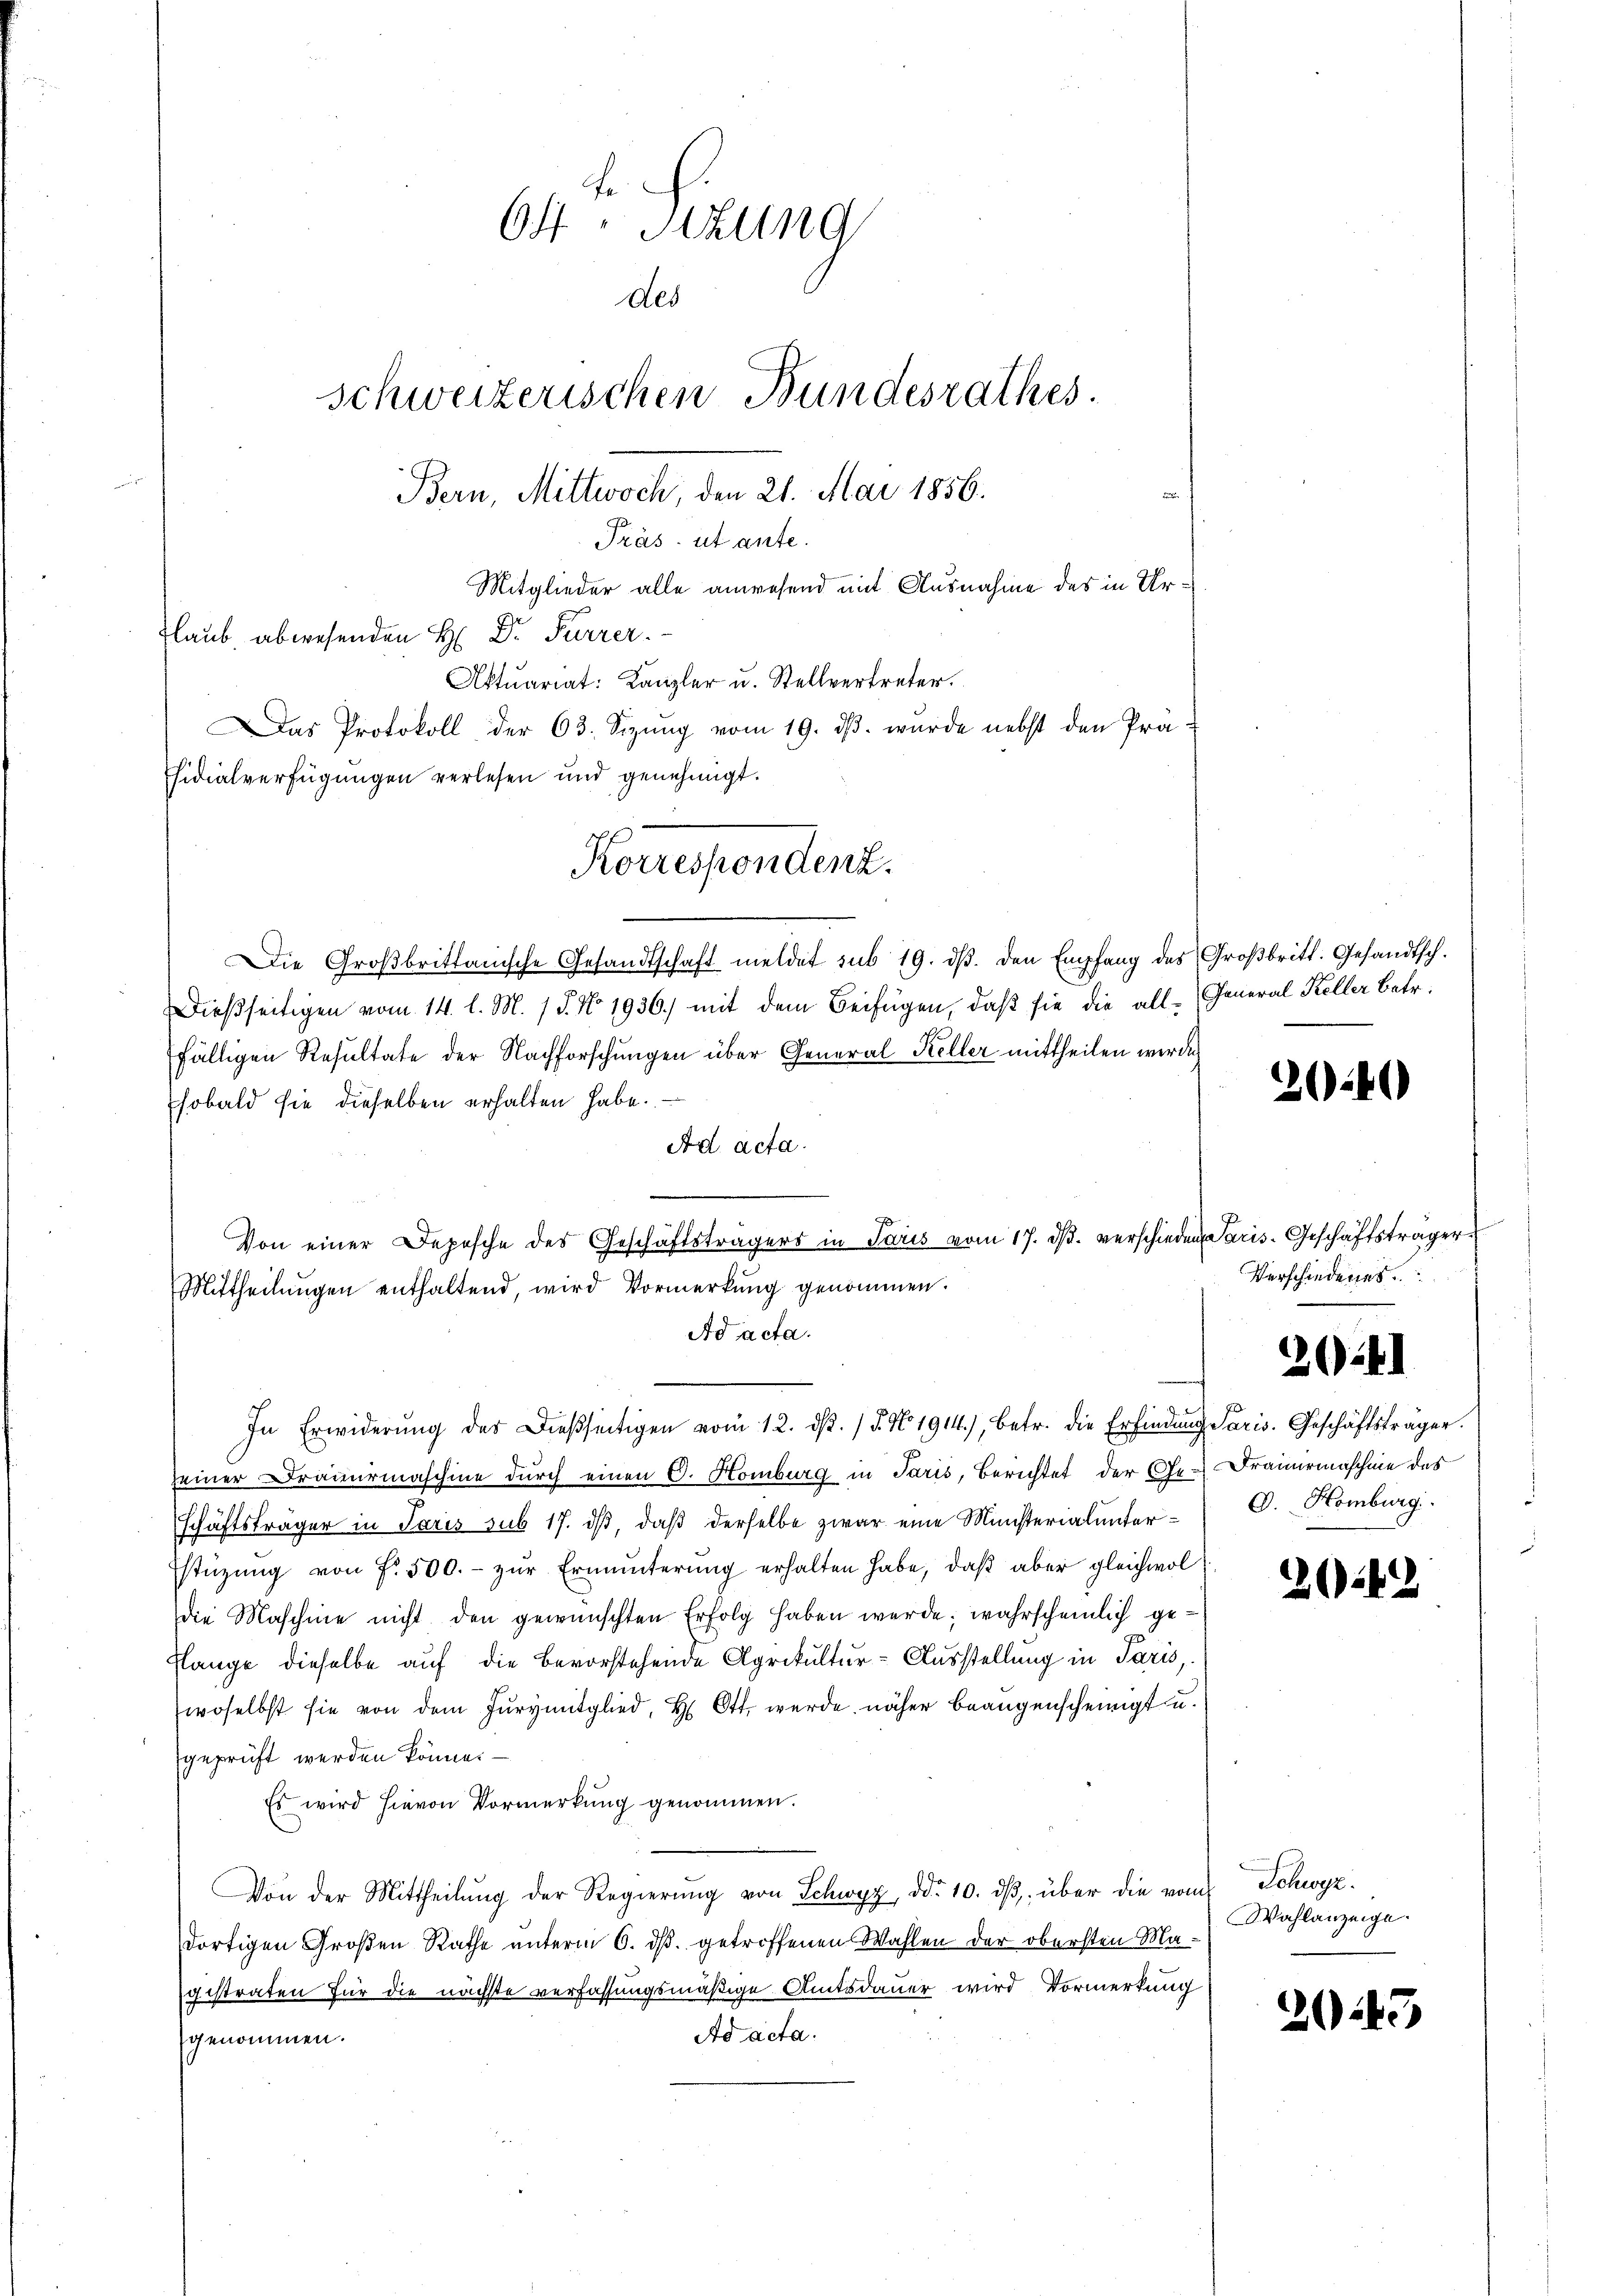
b
64 Sekung
des
Schweizerischen Bundesrathes.
Bern, Mittwoch, den 21. Mai 1856.
Präs. ut ante.
Mitglieder alle anwesend mit Ausnahme des in Ur¬
Glaub, abwesenden H: Dr. Furrer.
Aktuariat: Kanzler u. Stellvertreter.
Das Protokoll der 63. Sizŭng vom 19. dβ. wurde nebst den Prä-
fsidialverfügungen verlesen und genehmigt.
Korrespondenz.

Die Großbrittanische Gesandtschaft meldet sub 19. dβ. den Empfang des Großbritt. Gesandtsch.
Dießseitigen vom 14. l. M. / 5. No 1936.) mit dem Beifügen, daß sie die all-General Keller Betr.
fälligen Resultate der Nachforschungen über General Keller mittheilen werde
sobald sie dieselben erhalten habe.
Ad acta.
e
Von einer Depesche des Geschäftsträgers in Paris vom 17. ds. verschieden Paris-Geschäftsträger
Mittheilŭngen enthaltend, wird Vormerkŭng genommen.
Ad acta.
seiner Drauermaschine durch einen C. Homburg in Paris, Berichtet der Ehe-Frauermaschine des
schäftsträger in Paris sub 17. dβ, daß derselbe zwar eine Münsterialunter¬
Estüzung von f. 500.- zŭr Ermunderŭng erhalten habe, daβ aber gleichwol
die Maschine nicht den gewünschten Erfolg haben werde; wahrscheinlich ge¬
Klange dieselbe auf die Bevorstehende Agrikultur-Ausstellung in Paris,
woselbst sie von dem Jurymitglied, H. Ott, werde näher Beaugenscheinigt u.
geprüft werden könne. —
Es wird hievon Vormerkung genommen.
Von der Mittheilŭng der Regierŭng von Schwyz, d. 10. dβ über die vom Schwyz
dortigen Großen Rathe unterm 6. dβ. getroffenen Wahlen der obersten Magestraten für die nächste verfassungsmäßige Amtsdauer wird Vormerkung
Ad acta.
genommen.

In Erwiderŭng des dießseitigen vom 12. dβ. / 5. No 1914), betr. die Erfindung Paris. Geschäftsträger.

240

Verschiedenes

262

O. Homburg

2042

Wahlanzeige.

2043